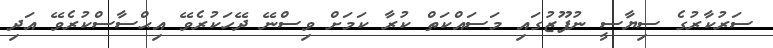
ސަރުކާރުގެ ސިޔާސީ ނުފޫޒުގައި މަސައްކަތް ކުރާ ކަމަށް ވިސްނޭ ދޭހަކުރެވޭ އިޙްސާސްކުރެވޭ އަދި